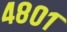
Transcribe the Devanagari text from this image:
४८०१